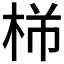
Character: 𪲍